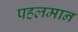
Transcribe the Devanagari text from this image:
पहलमान